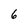
Character: 6